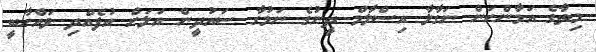
މިތާގެ އަމާންކަން ނަގާލާ އިސްލާމް ދީނުގެ ނަމުގާ ސައުދީން އަލަށް އުފެއްދި ވައްހާބީ